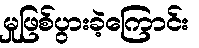
မှုဖြစ်ပွားခဲ့ကြောင်း